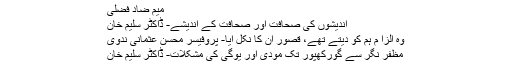
میم ضاد فضلی
اندیشوں کی صحافت اور صحافت کے اندیشے- ڈاکٹر سلیم خان
وہ الزا م ہم کو دیتے تھے، قصور ان کا نکل آیا- پروفیسر محسن عثمانی ندوی
مظفر نگر سے گورکھپور تک مودی اور یوگی کی مشکلات- ڈاکٹر سلیم خان